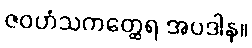
ဇဝဟံသကတ္ထေရ အပဒါန။